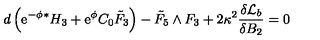
d \left( \mathrm { e } ^ { - \phi } { } ^ { * } H _ { 3 } + \mathrm { e } ^ { \phi } C _ { 0 } { \tilde { F } } _ { 3 } \right) - { \tilde { F } } _ { 5 } \wedge F _ { 3 } + 2 \kappa ^ { 2 } \frac { \delta { \cal { L } } _ { b } } { \delta B _ { 2 } } = 0